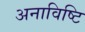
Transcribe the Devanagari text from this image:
अनाविष्टि